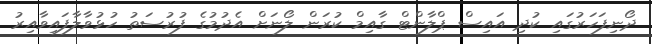
ދޯނިފަހަރުގައި ކުދި އައިސް ޕްލާންޓް ގާއިމް ކުރަން ލޯނަށް އެދުމުގެ ފުރުސަތު ހުޅުވާލާފައިވާއިރު